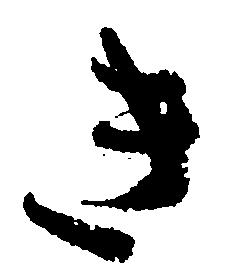
き